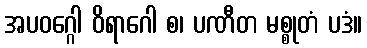
အပဝဂ္ဂေါ ဝိရာဂေါ စ၊ ပဏီတ မစ္စုတံ ပဒံ။